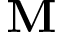
\mathbf M